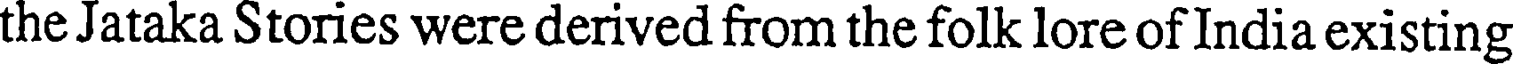
the Jataka Stories were derived from the folk lore of India existing